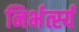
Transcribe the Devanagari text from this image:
निर्भर्त्स्य